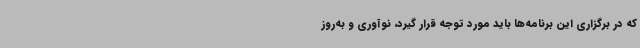
که در برگزاری این برنامه‌ها باید مورد توجه قرار گیرد، نوآوری و به‌روز